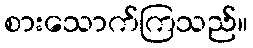
စားသောက်ကြသည်။